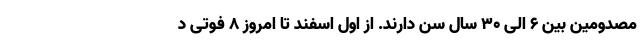
مصدومین بین ۶ الی ۳۰ سال سن دارند. از اول اسفند تا امروز ۸ فوتی د